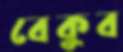
বেকুব